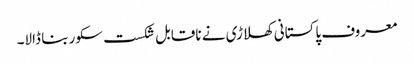
معروف پاکستانی کھلاڑی نے ناقابل شکست سکور بنا ڈالا۔